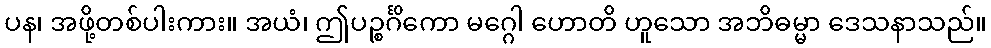
ပန၊ အဖို့တစ်ပါးကား။ အယံ၊ ဤပဉ္စင်္ဂိကော မဂ္ဂေါ ဟောတိ ဟူသော အဘိဓမ္မာ ဒေသနာသည်။